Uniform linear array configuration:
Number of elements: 48
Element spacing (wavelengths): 0.75
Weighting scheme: exponential
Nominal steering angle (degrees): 0
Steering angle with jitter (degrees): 1.586
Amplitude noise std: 0.05
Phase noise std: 0.05

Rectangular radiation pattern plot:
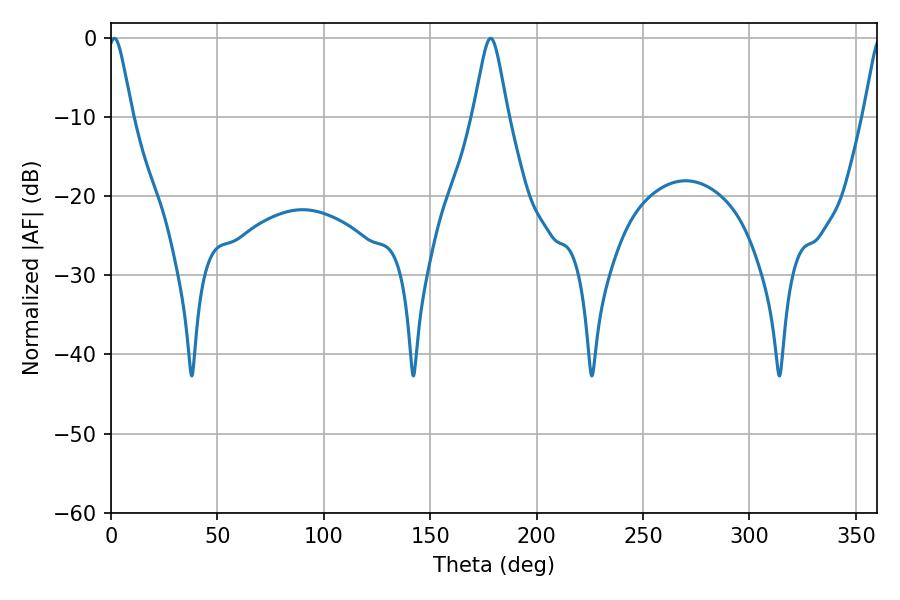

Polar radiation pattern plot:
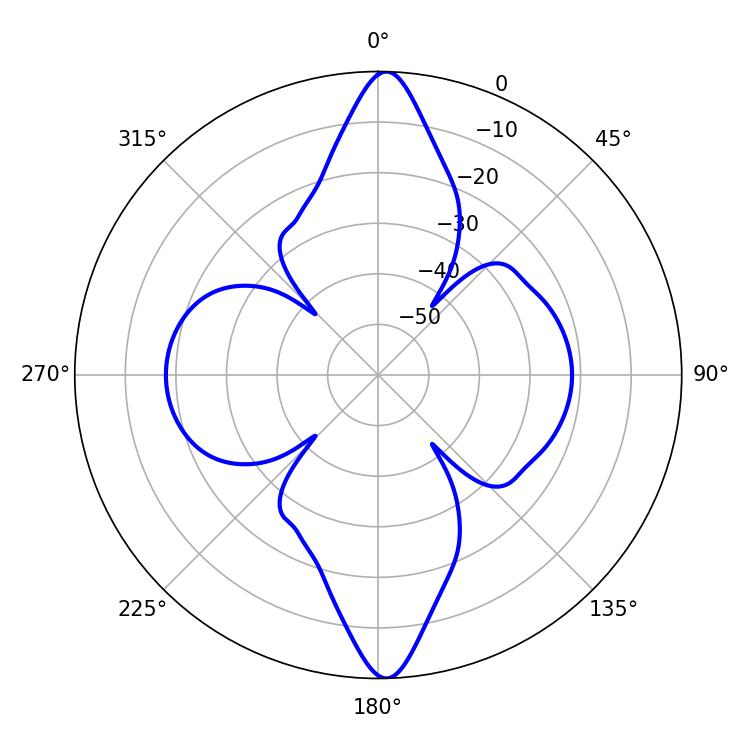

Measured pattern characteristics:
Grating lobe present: TRUE
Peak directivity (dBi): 25.984
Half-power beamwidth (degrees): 5.4
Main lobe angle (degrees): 1.62